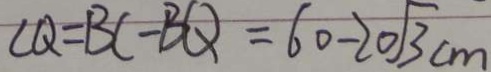
C Q = B C - B Q = 6 0 - 2 0 \sqrt { 3 } c m